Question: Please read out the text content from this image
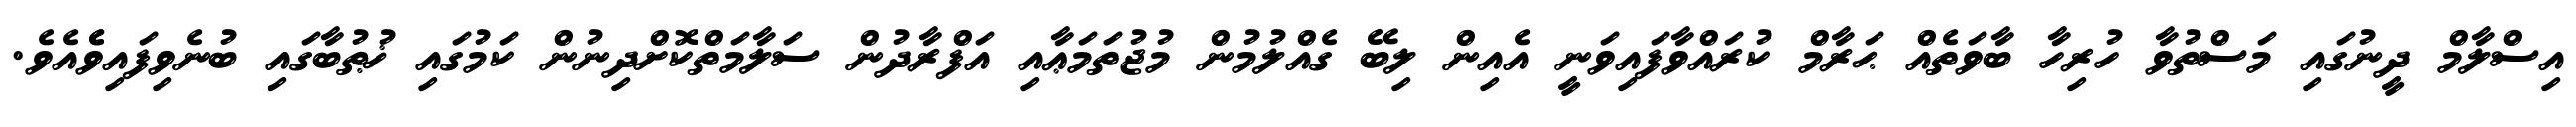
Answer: އިސްލާމް ދީނުގައި މަސްތުވާ ހުރިހާ ބާވަތެއް ޙަރާމް ކުރައްވާފައިވަނީ އެއިން ލިބޭ ގެއްލުމުން މުޖުތަމަޢާއި އަފްރާދުން ސަލާމަތްކޮށްދިނުން ކަމުގައި ޚުޠުބާގައި ބުނެވިފައިވެެއެވެ.